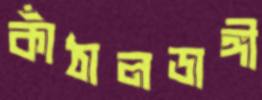
কাঁঠালডাঙ্গী